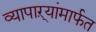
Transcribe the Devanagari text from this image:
व्यापाऱ्यांमार्फत